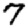
Digit: 7